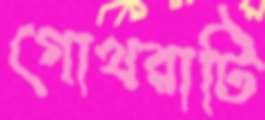
গোখরাটি